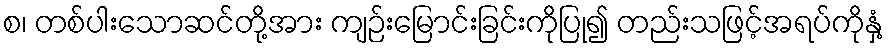
စ၊ တစ်ပါးသောဆင်တို့အား ကျဉ်းမြောင်းခြင်းကိုပြု၍ တည်းသဖြင့်အရပ်ကိုနှံ့